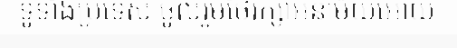
ទូទាំងប្រទេស ចូលរួមថែរក្សាអនាម័យអោយ